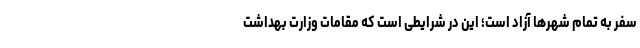
سفر به تمام شهرها آزاد است؛ این در شرایطی است که مقامات وزارت بهداشت